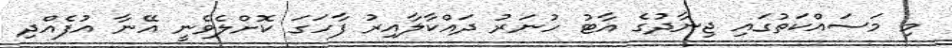
މި މަސައްކަތުގައި ޖިނާދުގެ އާޓު ހުނަރު ދައްކާލާއިރު ފާހަގަ ކޮށްލެވެނީ އޭނާ އުފެއްދި